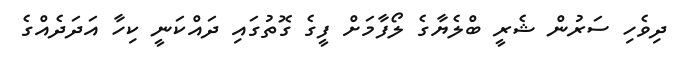
ދިވެހި ސަރުން ޝެރީ ބްލެޔާގެ ލޯފާމަށް ފީގެ ގޮތުގައި ދައްކަނީ ކިހާ އަދަދެއްގެ